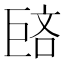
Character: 𪩥